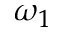
\omega _ { 1 }